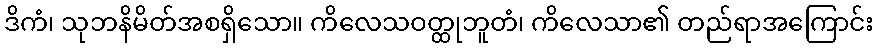
ဒိကံ၊ သုဘနိမိတ်အစရှိသော။ ကိလေသဝတ္ထုဘူတံ၊ ကိလေသာ၏ တည်ရာအကြောင်း